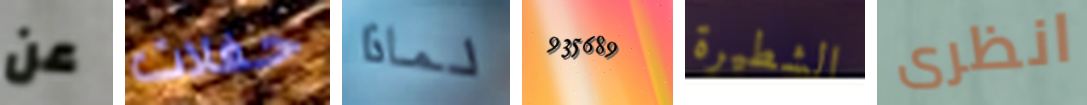
عن حفلات لماذا 935689 الشطيرة انظرى